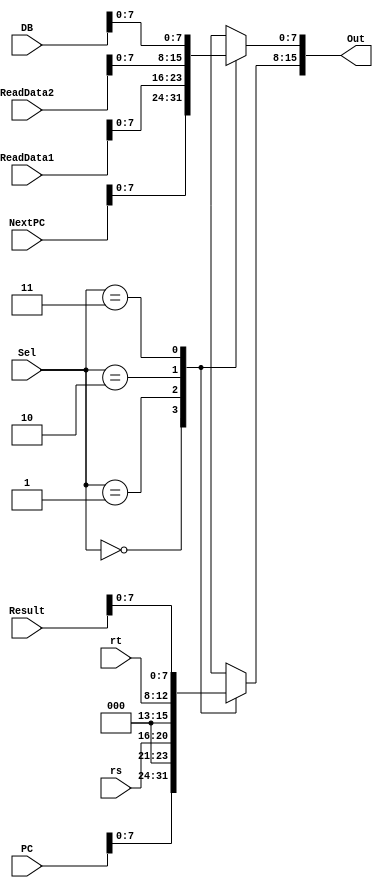
`timescale 1ns / 1ps
//////////////////////////////////////////////////////////////////////////////////
// Company: 
// Engineer: 
// 
// Design Name: 
// Module Name: show
// Project Name: 
// Target Devices: 
// Tool Versions: 
// Description: 
// 
// Dependencies: 
// 
// Revision:
// Revision 0.01 - File Created
// Additional Comments:
// 
//////////////////////////////////////////////////////////////////////////////////


module show( Sel, PC, NextPC ,rs, ReadData1, rt, ReadData2, Result, DB, Out);
    input [1:0] Sel;
    input [4:0] rs,rt;
    input [31:0] PC, NextPC, ReadData1, ReadData2, Result, DB;
    output reg [15:0] Out;
    always @ (*)begin
        case(Sel)
            0: begin
                Out[15:8] = PC[7:0];
                Out[7:0] = NextPC[7:0];
            end
            1: begin
                Out[15:8] = {3'b000,rs[4:0]};
                Out[7:0] = ReadData1[7:0];
            end
            2: begin
                Out[15:8] = {3'b000,rt[4:0]};
                Out[7:0] = ReadData2[7:0];
            end
            3:begin
                Out[15:8] = Result[7:0];
                Out[7:0] = DB[7:0];
            end
        endcase
    end
endmodule